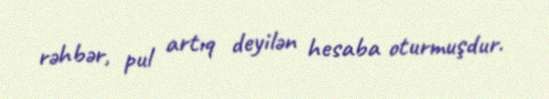
rəhbər, pul artıq deyilən hesaba oturmuşdur.